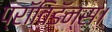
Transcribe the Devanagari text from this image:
प्रॉविडॅन्स।